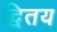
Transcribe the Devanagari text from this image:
द्वितय